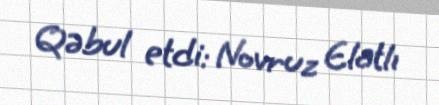
Qəbul etdi: Novruz Elatlı